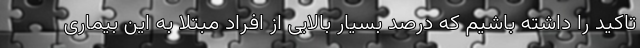
تاکید را داشته باشیم که درصد بسیار بالایی از افراد مبتلا به این بیماری